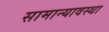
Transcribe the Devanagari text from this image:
सामान्यावस्था